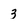
Character: 3